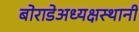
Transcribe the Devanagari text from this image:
बोराडेअध्यक्षस्थानी